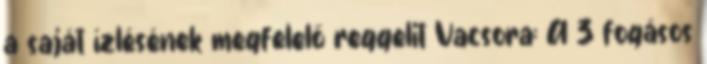
a saját ízlésének megfelelő reggelit Vacsora: A 3 fogásos